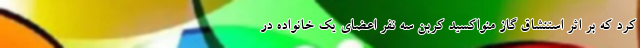
کرد که بر اثر استنشاق گاز منواکسید کربن سه نفر اعضای یک خانواده در